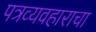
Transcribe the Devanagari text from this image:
पत्रव्यवहाराचा